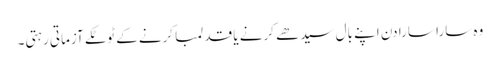
وہ سارا سارا دن اپنے بال سیدھے کرنے یا قد لمبا کرنے کے ٹوٹکے آزماتی رہتی۔